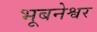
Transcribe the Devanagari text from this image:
भूबनेश्वर